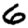
Digit: 6